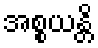
အစ္စယန္တိ